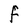
Character: F